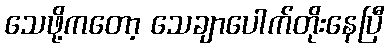
သေဖို့ကတော့ သေချာပေါက်တိုးနေပြီ